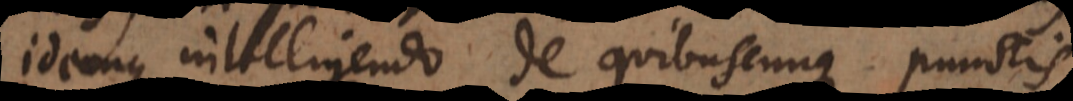
idemque intelligendo de quibuscunque punctis